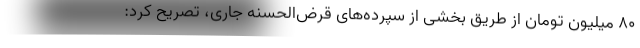
۸۰ میلیون تومان از طریق بخشی از سپرده‌های قرض‌الحسنه جاری، تصریح کرد: